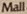
Mall